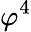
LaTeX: \varphi^{4}